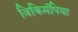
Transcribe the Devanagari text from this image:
विकिमॅपिया